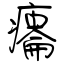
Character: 癟